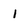
Character: l